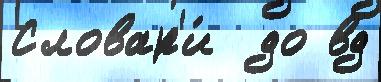
Словар'и́  до вд